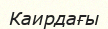
Каирдағы